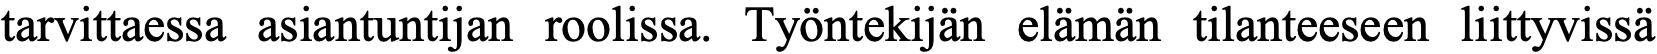
tarvittaessa asiantuntijan roolissa. Työntekijän elämän tilanteeseen liittyvissä